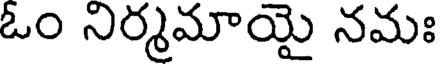
ఓం నిర్మమాయై నమః